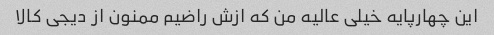
این چهارپایه خیلی عالیه من که ازش راضیم ممنون از دیجی کالا